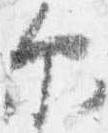
示